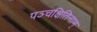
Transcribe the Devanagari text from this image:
पञ्चक्षितिनाम्